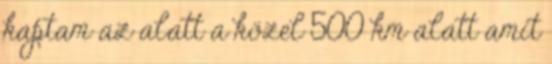
kaptam az alatt a közel 500 km alatt amit